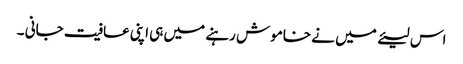
اس لیئے میں نے خاموش رہنے میں ہی اپنی عافیت جانی ۔